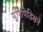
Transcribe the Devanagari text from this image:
युरिपिडिसने